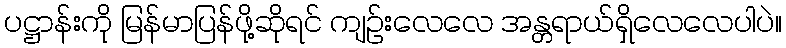
ပဋ္ဌာန်းကို မြန်မာပြန်ဖို့ဆိုရင် ကျဉ်းလေလေ အန္တရာယ်ရှိလေလေပါပဲ။